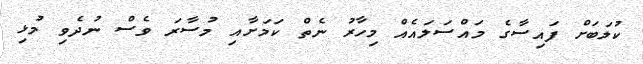
ކުލަބަށް ފައިސާގެ މައްސަލައެއް މިހާރު ނެތް ކަމަށާއި މުސާރަ ވެސް ނުދެވި މުޅި